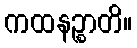
ကထနဉ္စာတိ။